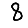
Digit: 8